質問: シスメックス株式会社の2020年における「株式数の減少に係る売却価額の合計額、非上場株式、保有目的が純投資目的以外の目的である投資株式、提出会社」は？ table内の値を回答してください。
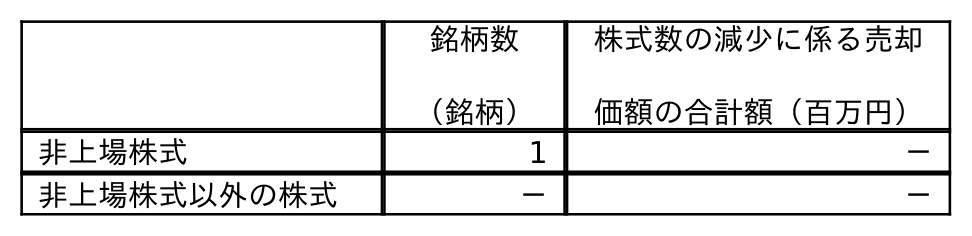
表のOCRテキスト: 銘柄数 （銘柄） 株式数の減少に係る売却 価額の合計額（百万円） 非上場株式 1 － 非上場株式以外の株式 － －
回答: －